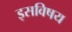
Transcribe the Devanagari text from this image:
इसविषय